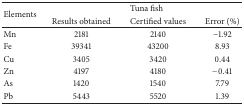
| <ROWSPAN=2> Elements | <COLSPAN=3> Tuna fish |
 | Results obtained | Certified values | Error (%) |
 | --- | --- | --- | --- |
 | Mn | 2181 | 2140 | −1.92 |
 | Fe | 39341 | 43200 | 8.93 |
 | Cu | 3405 | 3420 | 0.44 |
 | Zn | 4197 | 4180 | −0.41 |
 | As | 1420 | 1540 | 7.79 |
 | Pb | 5443 | 5520 | 1.39 |